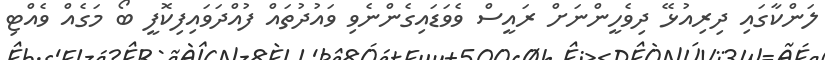
ލަންކާގައި ދިރިއުޅޭ ދިވެހީންނަށް ރައީސް ވެވަޑައިގެންނެވި ވައުދުތައް ފުއްދަވައިފިކޮފީ ބޯ މަގެއް ވެއްޓި